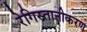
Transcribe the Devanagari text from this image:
रेगिस्तानीकरण